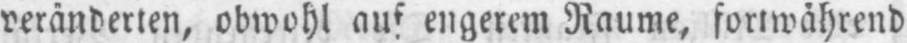
veränderten, obwohl auf engerem Räume, fortwährend